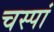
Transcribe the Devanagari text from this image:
चस्पां